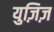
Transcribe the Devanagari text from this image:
युज़िज़